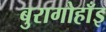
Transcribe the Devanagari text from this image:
बुरागोहाँइ